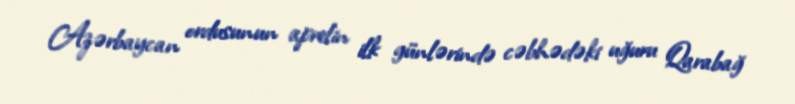
Azərbaycan ordusunun aprelin ilk günlərində cəbhədəki uğuru Qarabağ